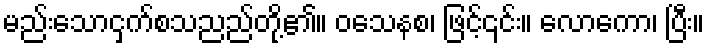
မည်းသောငှက်စသညည်တို့၏။ ဝသေနစ၊ ဖြင့်၎င်း။ လောကော၊ ပြီး။